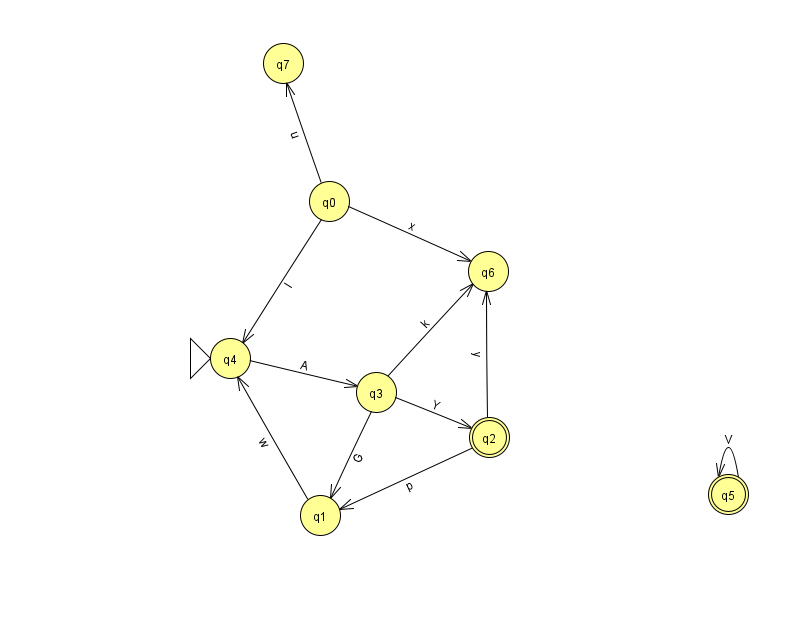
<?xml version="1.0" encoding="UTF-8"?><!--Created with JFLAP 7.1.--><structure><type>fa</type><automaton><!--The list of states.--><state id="0" name="q0"><x>329.0</x><y>188.0</y></state><state id="1" name="q1"><x>320.0</x><y>502.0</y></state><state id="2" name="q2"><x>489.0</x><y>424.0</y><final/></state><state id="3" name="q3"><x>376.0</x><y>379.0</y></state><state id="4" name="q4"><x>230.0</x><y>345.0</y><initial/></state><state id="5" name="q5"><x>728.0</x><y>481.0</y><final/></state><state id="6" name="q6"><x>488.0</x><y>258.0</y></state><state id="7" name="q7"><x>283.0</x><y>50.0</y></state><!--The list of transitions.--><transition><from>0</from><to>4</to><read>l</read></transition><transition><from>0</from><to>7</to><read>u</read></transition><transition><from>3</from><to>1</to><read>G</read></transition><transition><from>0</from><to>6</to><read>x</read></transition><transition><from>3</from><to>6</to><read>k</read></transition><transition><from>3</from><to>2</to><read>Y</read></transition><transition><from>5</from><to>5</to><read>V</read></transition><transition><from>2</from><to>1</to><read>p</read></transition><transition><from>2</from><to>6</to><read>y</read></transition><transition><from>1</from><to>4</to><read>w</read></transition><transition><from>4</from><to>3</to><read>A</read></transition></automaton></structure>